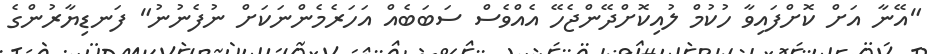
"އޭނާ އަށް ކޮށްފައިވާ ހުކުމް ލުއިކޮށްދޭންޖެހޭ އެއްވެސް ސަބަބެއް އަހަރެމެންނަކަށް ނުފެނުނު" ފަނޑިޔާރުންގެ